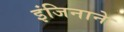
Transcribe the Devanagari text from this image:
इंजिनाने